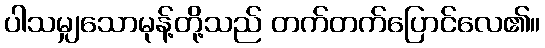
ပါသမျှသောမုန့်တို့သည် တက်တက်ပြောင်လေ၏။